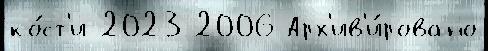
ко́ст'и 2023 2006 Арх'ив'и́ровано